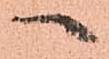
へ